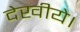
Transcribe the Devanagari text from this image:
देखीये।